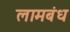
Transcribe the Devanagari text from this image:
लामबंध